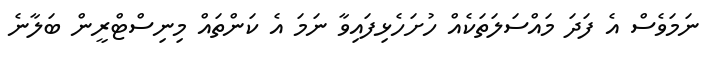
ނަމަވެސް އެ ފަދަ މައްސަލަތަކެއް ހުށަހެޅިފައިވާ ނަމަ އެ ކަންތައްް މިނިސްޓްރީން ބަލާނެ